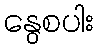
နွေစပါး